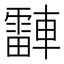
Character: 𬧾